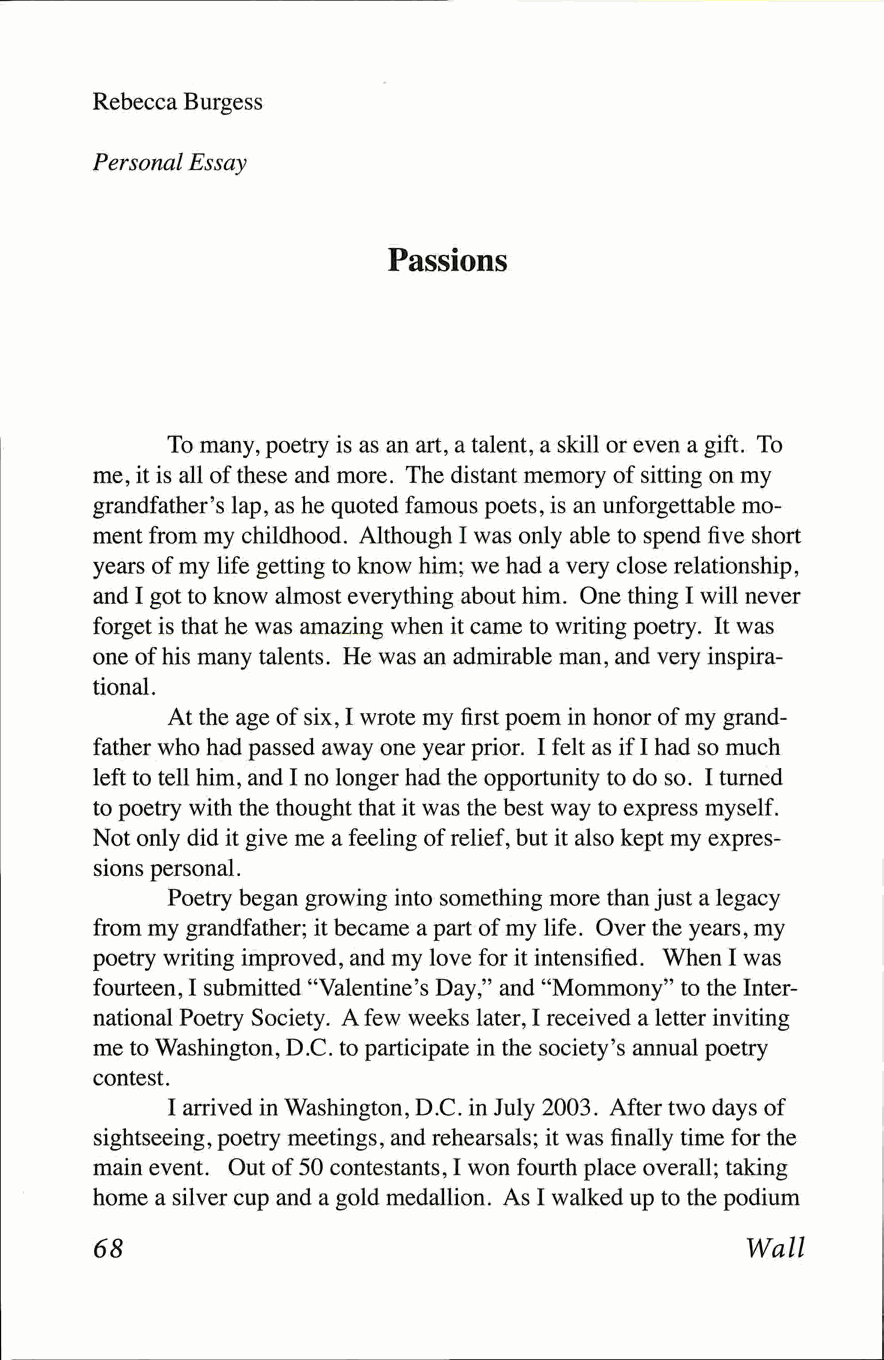
Rebecca Burgess
 Personal Essay
 Passions
 To many, poetry is as an art, a talent, a skill or even a gift. To
 me, it is all of these and more. The distant memory of sitting on my
 grandfather's lap, as he quoted famous poets, is an unforgettable mo­
 ment from my childhood. Although I was only able to spend five short
 years of my life getting to know him; we had a very close relationship,
 and I got to know almost everything about him. One thing I will never
 forget is that he was amazing when it came to writing poetry. It was
 one of his many talents. He was an admirable man, and very inspira­
 tional.
 At the age of six, I wrote my first poem in honor of my grand­
 father who had passed away one year prior. I felt as if I had so much
 left to tell him, and I no longer had the opportunity to do so. I turned
 to poetry with the thought that it was the best way to express myself.
 Not only did it give me a feeling of relief, but it also kept my expres­
 sions personal.
 Poetry began growing into something more than just a legacy
 from my grandfather; it became a part of my life. Over the years, my
 poetry writing improved, and my love for it intensified. When I was
 fourteen, I submitted "Valentine's Day," and "Mommony" to the Inter­
 national Poetry Society. A few weeks later, I received a letter inviting
 me to Washington, D.C. to participate in the society's annual poetry
 contest.
 I arrived in Washington, D.C. in July 2003. After two days of
 sightseeing, poetry meetings, and rehearsals; it was finally time for the
 main event. Out of 50 contestants, I won fourth place overall; taking
 home a silver cup and a gold medallion. As I walked up to the podium
 68                                         Wall